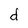
Character: d